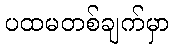
ပထမတစ်ချက်မှာ